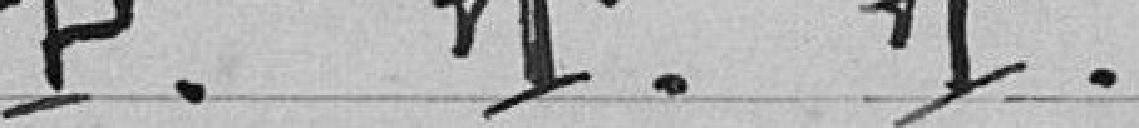
P. T. T.